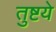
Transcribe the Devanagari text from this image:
तुष्टये